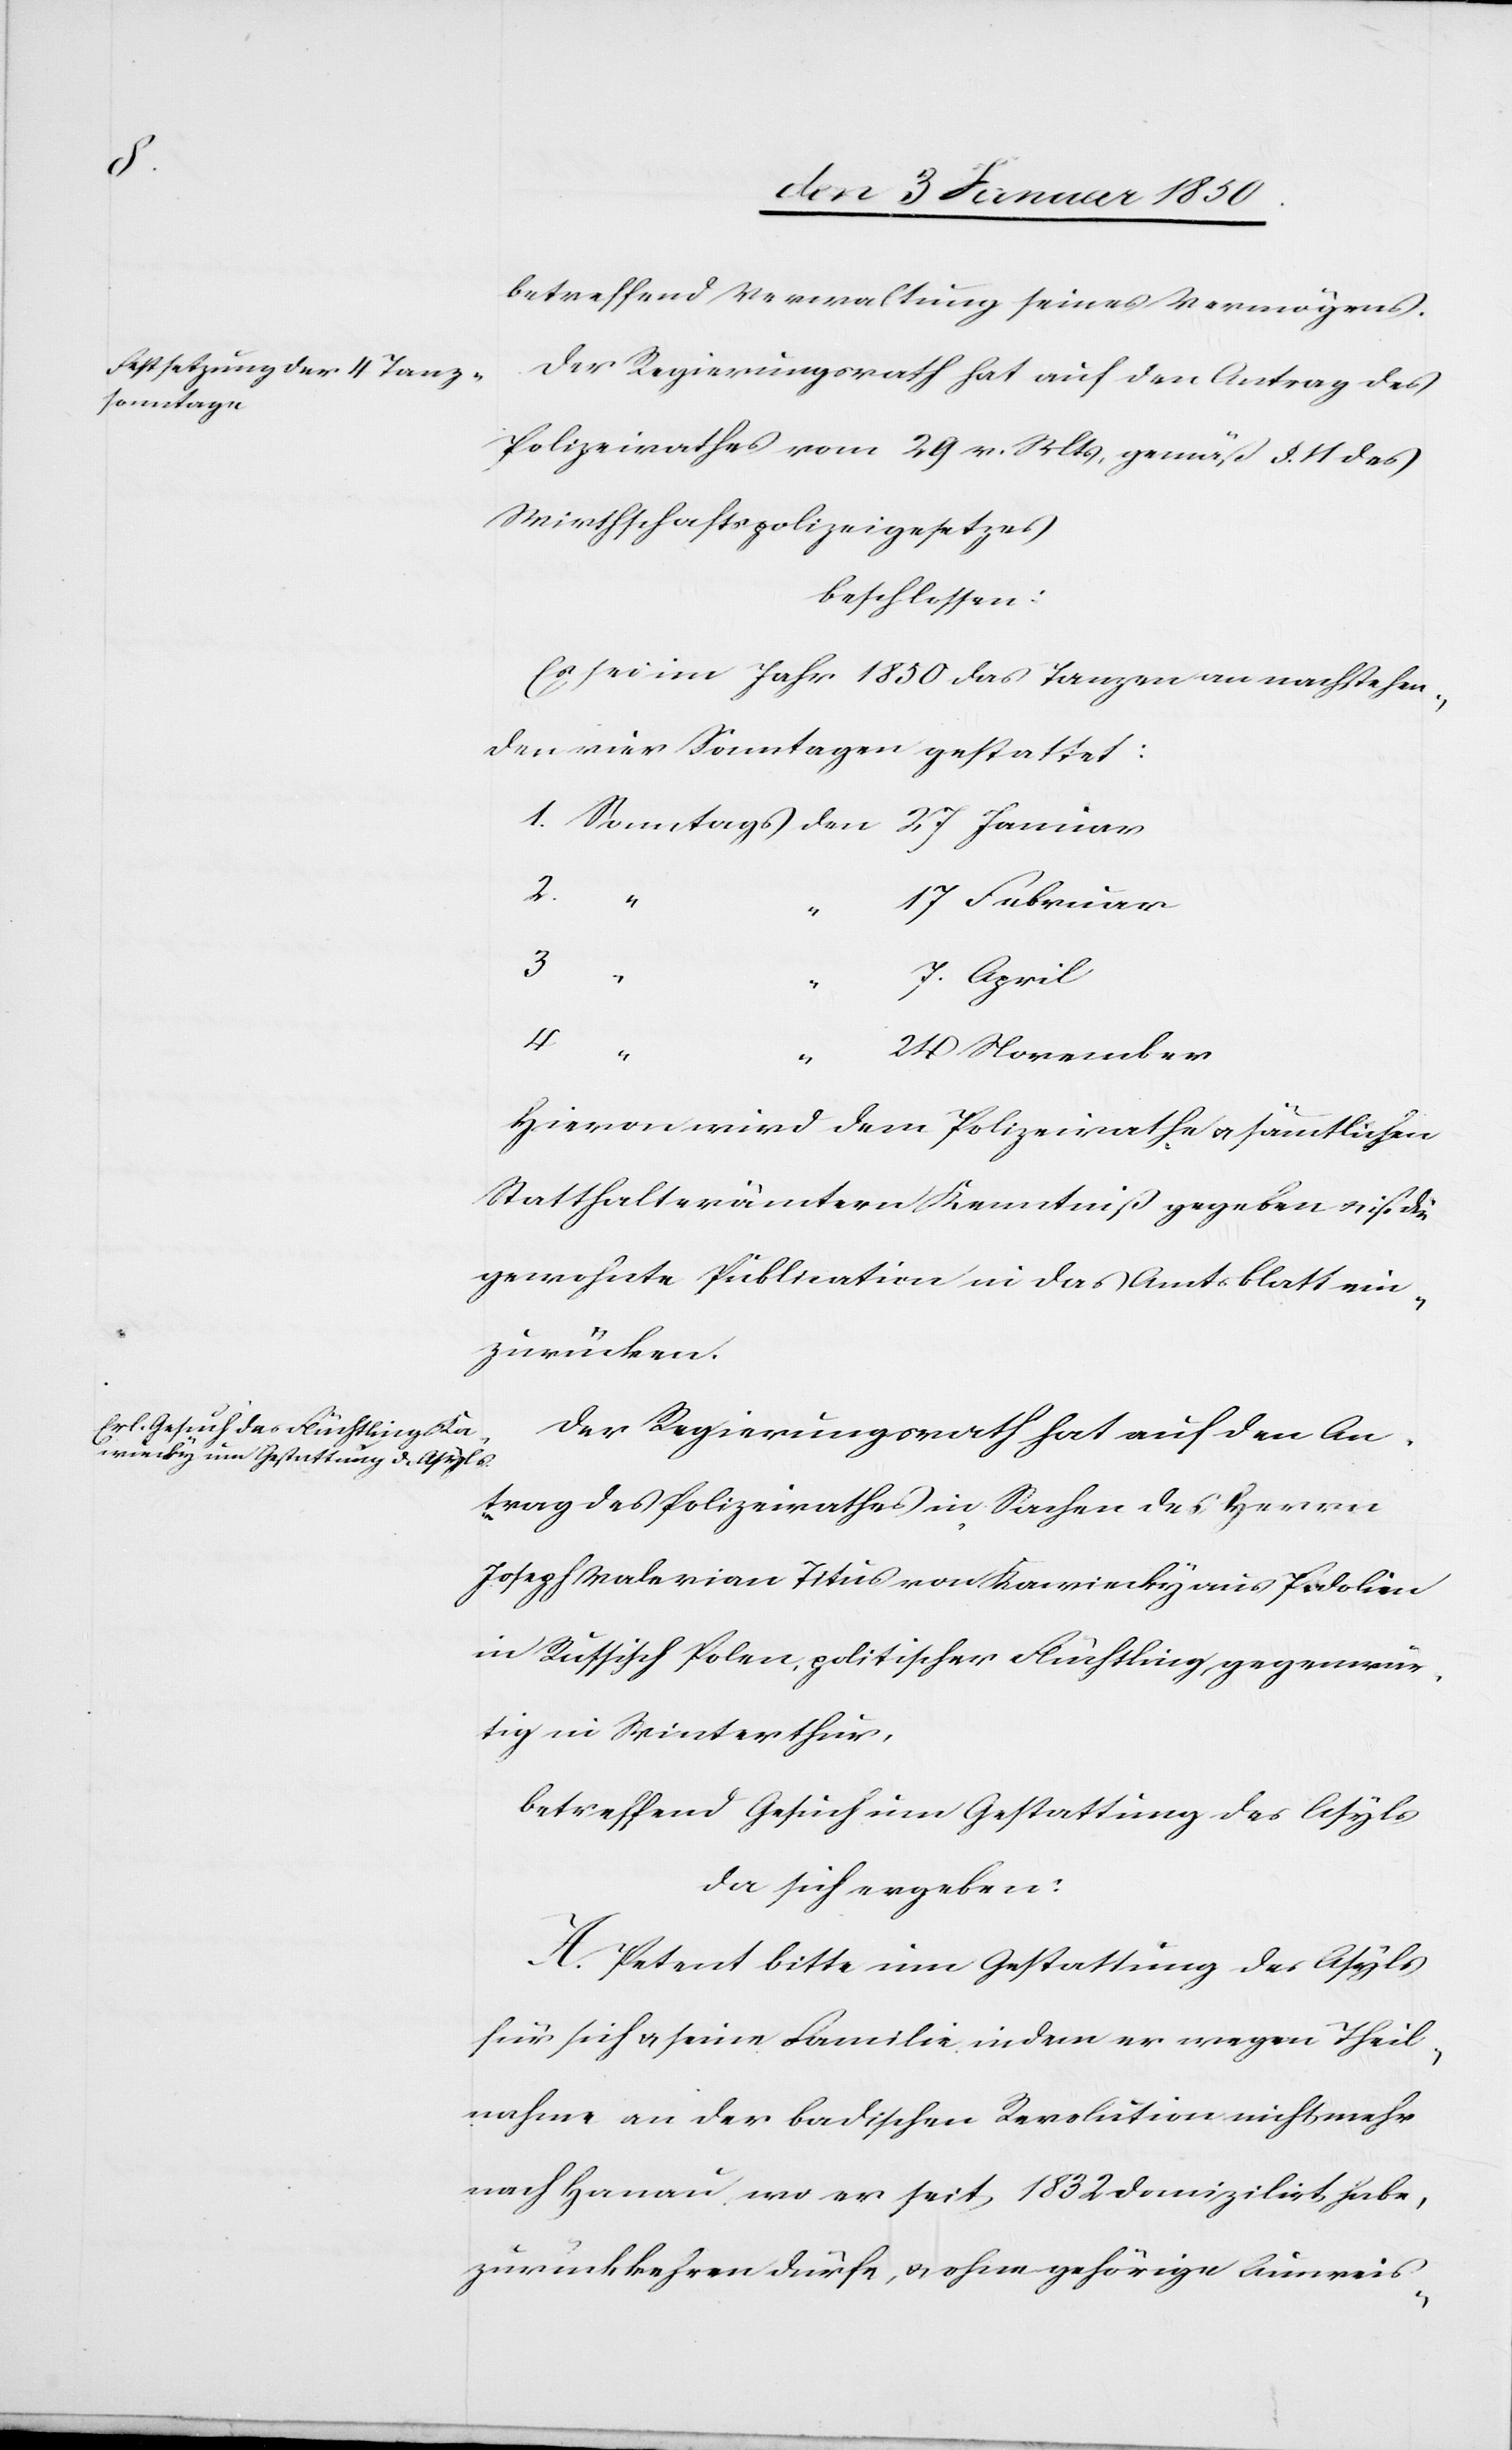
betreffend Verwaltung seines Vermögens.
Der Regierungsrath hat auf den Antrag des
Polizeirathes vom 29 v. Mts. gemäß §. 11 des
Wirthschaftspolizeigesetzes
beschlossen:
Es sei im Jahr 1850 das Tanzen an nachstehen¬
den vier Sonntagen gestattet:
1. Sonntags den 27 Januar
2. “
17 Februar
3.
7 April
4.
“ “
24 November
Hievon wird dem Polizeirathe u. sämmtlichen
Statthalterämtern Kenntniß gegeben u. ist die
gewohnte Publication in das Amtsblatt ein¬
zurücken.
Der Regierungsrath hat auf den An¬
trag des Polizeirathes in Sachen des Herrn
Joseph Valerian Titus von Kawiecky aus Podolien
in Russisch Polen, politischer Flüchtling, gegenwär¬
tig in Winterthur,
betreffend Gesuch um Gestattung des Asyls
da sich ergeben:
A. Petent bitte um Gestattung des Asyls
für sich u. seine Familie indem er wegen Theil¬
nahme an der badischen Revolution nicht mehr
nach Hanau, wo er seit 1832 domizilirt habe,
zurückkehren dürfe, u. ohne gehörige Ausweis-